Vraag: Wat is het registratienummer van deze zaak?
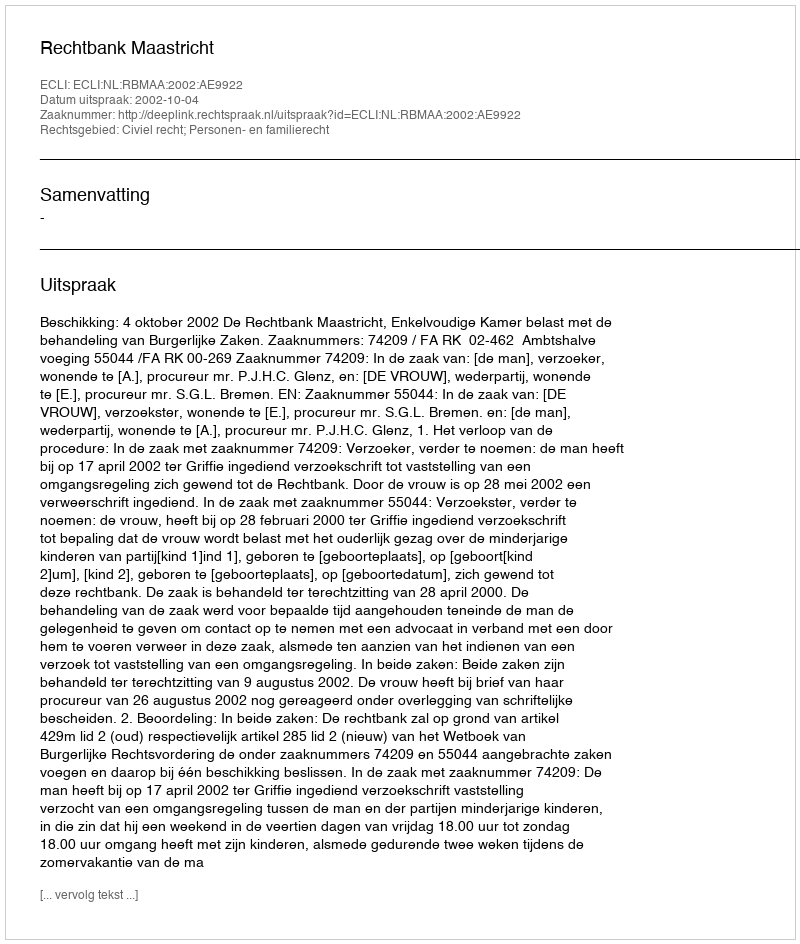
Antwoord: http://deeplink.rechtspraak.nl/uitspraak?id=ECLI:NL:RBMAA:2002:AE9922